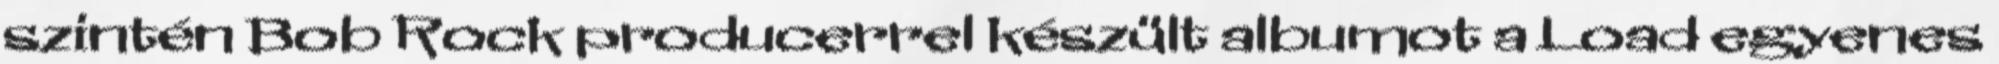
szintén Bob Rock producerrel készült albumot a Load egyenes